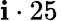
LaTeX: \mathbf{i}\cdot25\,